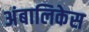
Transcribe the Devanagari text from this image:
अंबालिकेस